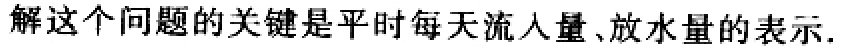
解这个问题的关键是平时每天流入量、放水量的表示.